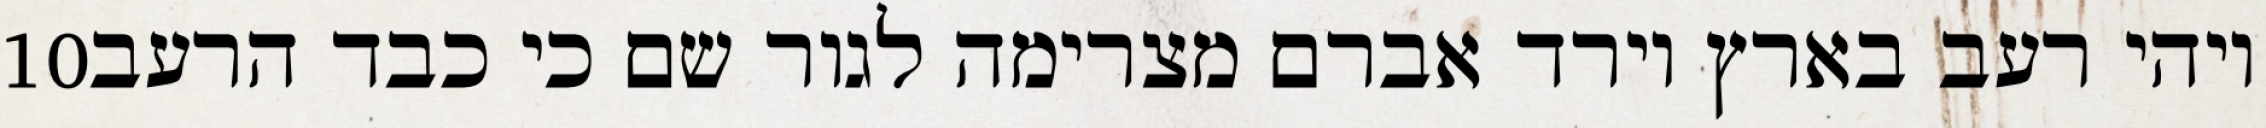
‎10‏ ויהי רעב בארץ וירד אברם מצרימה לגור שם כי כבד הרעב